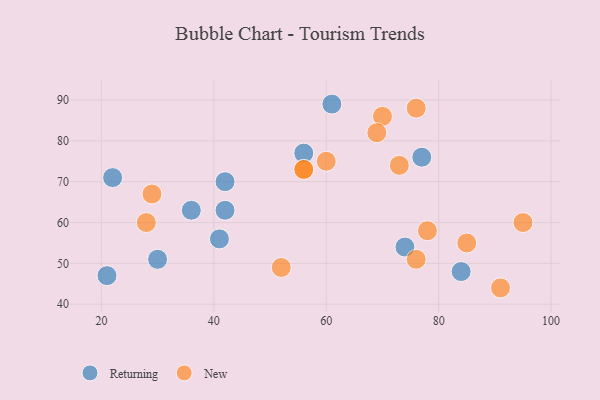
{"axis": {"x": "GDP", "y": "Life Expectancy"}, "legend": ["New", "Returning"], "data": [{"x": "21", "y": 47, "type": "Returning"}, {"x": "61", "y": 89, "type": "Returning"}, {"x": "30", "y": 51, "type": "Returning"}, {"x": "41", "y": 56, "type": "Returning"}, {"x": "56", "y": 77, "type": "Returning"}, {"x": "74", "y": 54, "type": "Returning"}, {"x": "42", "y": 63, "type": "Returning"}, {"x": "84", "y": 48, "type": "Returning"}, {"x": "42", "y": 70, "type": "Returning"}, {"x": "77", "y": 76, "type": "Returning"}, {"x": "22", "y": 71, "type": "Returning"}, {"x": "36", "y": 63, "type": "Returning"}, {"x": "95", "y": 60, "type": "New"}, {"x": "76", "y": 88, "type": "New"}, {"x": "52", "y": 49, "type": "New"}, {"x": "85", "y": 55, "type": "New"}, {"x": "91", "y": 44, "type": "New"}, {"x": "76", "y": 51, "type": "New"}, {"x": "70", "y": 86, "type": "New"}, {"x": "29", "y": 67, "type": "New"}, {"x": "73", "y": 74, "type": "New"}, {"x": "28", "y": 60, "type": "New"}, {"x": "78", "y": 58, "type": "New"}, {"x": "60", "y": 75, "type": "New"}, {"x": "56", "y": 73, "type": "New"}, {"x": "56", "y": 73, "type": "New"}, {"x": "69", "y": 82, "type": "New"}]}